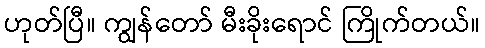
ဟုတ်ပြီ။ ကျွန်တော် မီးခိုးရောင် ကြိုက်တယ်။